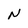
Character: N